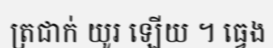
ត្រជាក់ យូរ ឡើយ ។ ធ្វេង